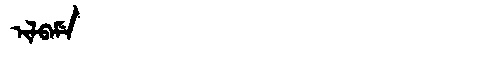
Manchu: ᡳᠯᠪᠠᠮᡝ
Romanization: ILBAME